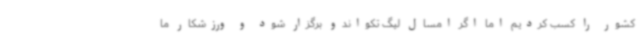
کشور را کسب کردیم اما اگر امسال لیگ تکواندو برگزار شود و ورزشکار ما